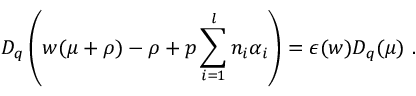
D _ { q } \left( w ( \mu + \rho ) - \rho + p \sum _ { i = 1 } ^ { l } n _ { i } \alpha _ { i } \right) = \epsilon ( w ) D _ { q } ( \mu ) ~ .